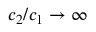
c _ { 2 } / c _ { 1 } \rightarrow \infty